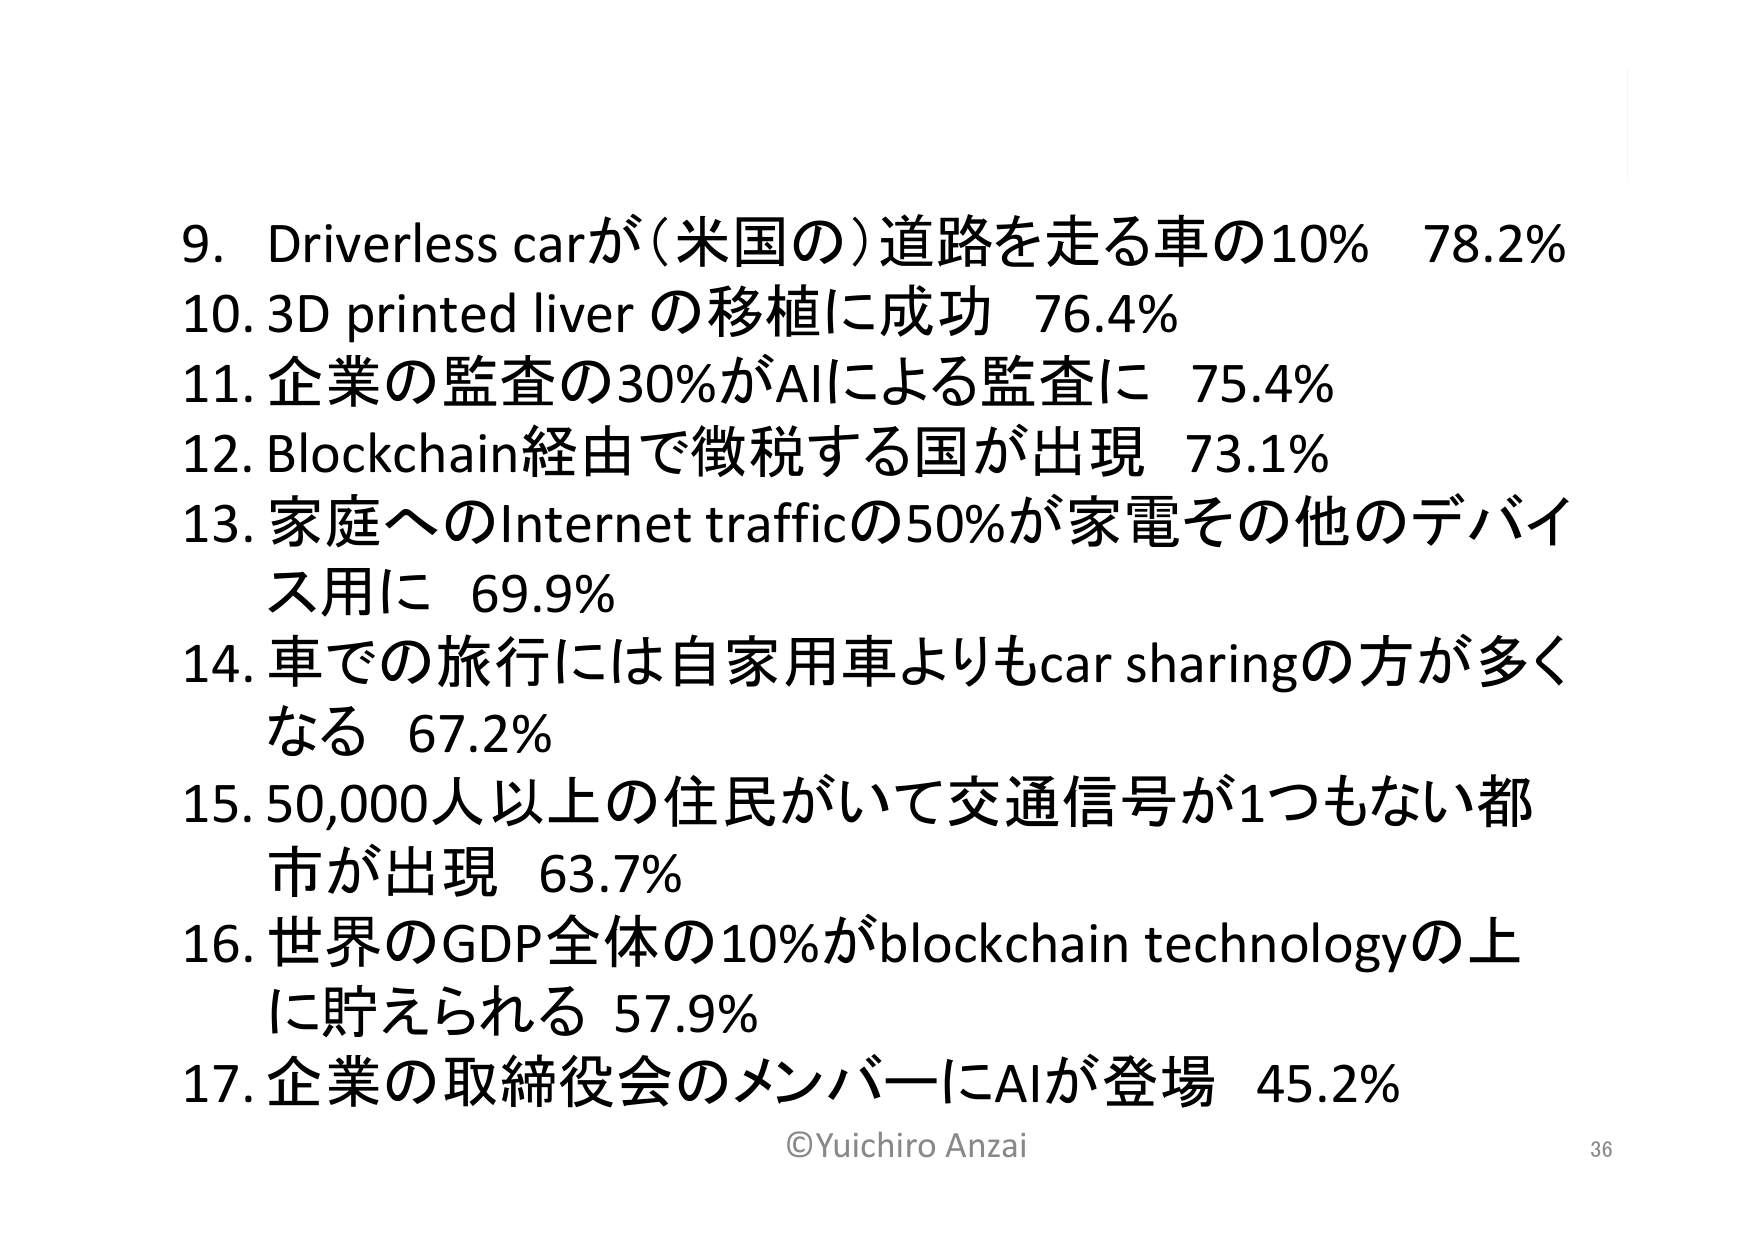
9. Driverless carが(米国の)道路を走る車の10% 78.2%
10. 3D printed liver の移植に成功 76.4%
11. 企業の監査の30%がAIによる監査に 75.4%
12. Blockchain経由で徴税する国が出現 73.1%
13. 家庭へのInternet trafficの50%が家電その他のデバイス用に 69.9%
14. 車での旅行には自家用車よりもcar sharingの方が多くなる 67.2%
15. 50,000人以上の住民がいて交通信号が1つもない都市が出現 63.7%
16. 世界のGDP全体の10%がblockchain technologyの上に貯えられる 57.9%
17. 企業の取締役会のメンバーにAIが登場 45.2%
©Yuichiro Anzai
36